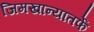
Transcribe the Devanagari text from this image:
जिमखान्यातर्फे